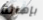
بإهانة